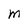
Character: M